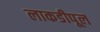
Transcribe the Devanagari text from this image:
लाकडीपूल